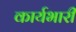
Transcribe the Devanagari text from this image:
कार्यभारी